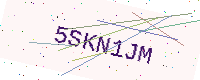
Text: 5SKN1JM